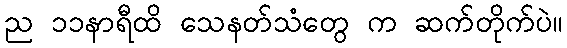
ည ၁၁နာရီထိ သေနတ်သံတွေ က ဆက်တိုက်ပဲ။